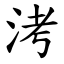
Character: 洘